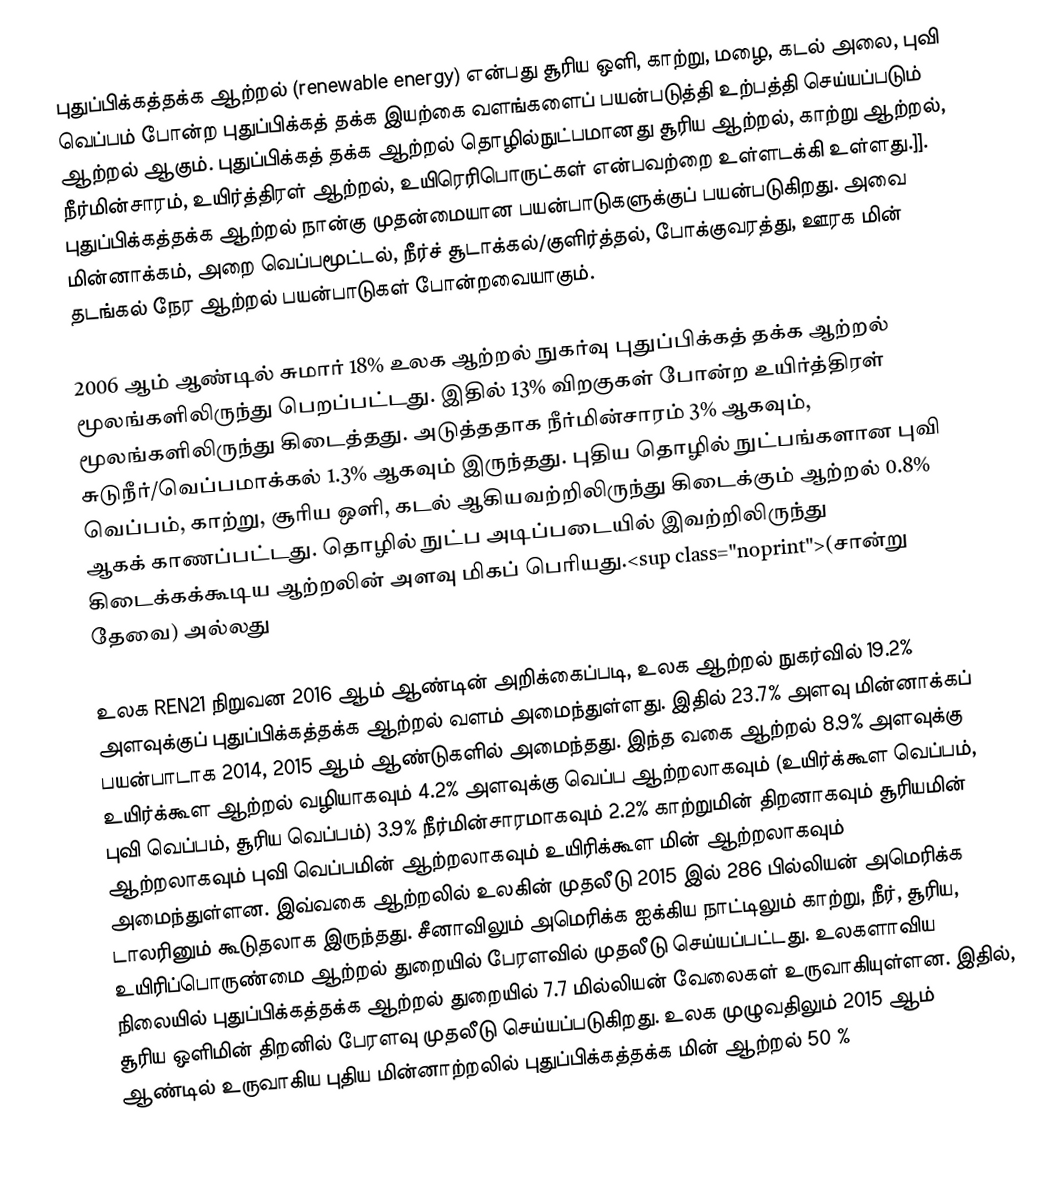
புதுப்பிக்கத்தக்க ஆற்றல் (renewable energy) என்பது சூரிய ஒளி, காற்று, மழை, கடல் அலை, புவி வெப்பம் போன்ற புதுப்பிக்கத் தக்க இயற்கை வளங்களைப் பயன்படுத்தி உற்பத்தி செய்யப்படும் ஆற்றல் ஆகும். புதுப்பிக்கத் தக்க ஆற்றல் தொழில்நுட்பமானது சூரிய ஆற்றல், காற்று ஆற்றல், நீர்மின்சாரம், உயிர்த்திரள் ஆற்றல், உயிரெரிபொருட்கள் என்பவற்றை உள்ளடக்கி உள்ளது.]]. புதுப்பிக்கத்தக்க ஆற்றல் நான்கு முதன்மையான பயன்பாடுகளுக்குப் பயன்படுகிறது. அவை மின்னாக்கம், அறை வெப்பமூட்டல், நீர்ச் சூடாக்கல்/குளிர்த்தல், போக்குவரத்து, ஊரக மின் தடங்கல் நேர ஆற்றல் பயன்பாடுகள் போன்றவையாகும்.

2006 ஆம் ஆண்டில் சுமார் 18% உலக ஆற்றல் நுகர்வு புதுப்பிக்கத் தக்க ஆற்றல் மூலங்களிலிருந்து பெறப்பட்டது. இதில் 13% விறகுகள் போன்ற உயிர்த்திரள் மூலங்களிலிருந்து கிடைத்தது. அடுத்ததாக நீர்மின்சாரம் 3% ஆகவும், சுடுநீர்/வெப்பமாக்கல் 1.3% ஆகவும் இருந்தது. புதிய தொழில் நுட்பங்களான புவி வெப்பம், காற்று, சூரிய ஒளி, கடல் ஆகியவற்றிலிருந்து கிடைக்கும் ஆற்றல் 0.8% ஆகக் காணப்பட்டது. தொழில் நுட்ப அடிப்படையில் இவற்றிலிருந்து கிடைக்கக்கூடிய ஆற்றலின் அளவு மிகப் பெரியது.<sup class="noprint">(சான்று தேவை) அல்லது

உலக REN21 நிறுவன 2016 ஆம் ஆண்டின் அறிக்கைப்படி, உலக ஆற்றல் நுகர்வில் 19.2% அளவுக்குப் புதுப்பிக்கத்தக்க ஆற்றல் வளம் அமைந்துள்ளது. இதில் 23.7% அளவு மின்னாக்கப் பயன்பாடாக 2014, 2015 ஆம் ஆண்டுகளில் அமைந்தது. இந்த வகை ஆற்றல் 8.9% அளவுக்கு உயிர்க்கூள ஆற்றல் வழியாகவும் 4.2% அளவுக்கு வெப்ப ஆற்றலாகவும் (உயிர்க்கூள வெப்பம், புவி வெப்பம், சூரிய வெப்பம்) 3.9% நீர்மின்சாரமாகவும் 2.2% காற்றுமின் திறனாகவும் சூரியமின் ஆற்றலாகவும் புவி வெப்பமின் ஆற்றலாகவும் உயிரிக்கூள மின் ஆற்றலாகவும் அமைந்துள்ளன. இவ்வகை ஆற்றலில் உலகின் முதலீடு 2015 இல் 286 பில்லியன் அமெரிக்க டாலரினும் கூடுதலாக இருந்தது. சீனாவிலும் அமெரிக்க ஐக்கிய நாட்டிலும் காற்று, நீர், சூரிய, உயிரிப்பொருண்மை ஆற்றல் துறையில் பேரளவில் முதலீடு செய்யப்பட்டது. உலகளாவிய நிலையில் புதுப்பிக்கத்தக்க ஆற்றல் துறையில் 7.7 மில்லியன் வேலைகள் உருவாகியுள்ளன. இதில், சூரிய ஒளிமின் திறனில் பேரளவு முதலீடு செய்யப்படுகிறது. உலக முழுவதிலும் 2015 ஆம் ஆண்டில் உருவாகிய புதிய மின்னாற்றலில் புதுப்பிக்கத்தக்க மின் ஆற்றல் 50 %